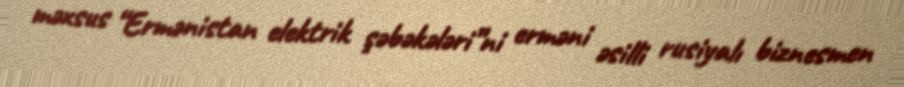
məxsus “Ermənistan elektrik şəbəkələri”ni erməni əsilli rusiyalı biznesmen